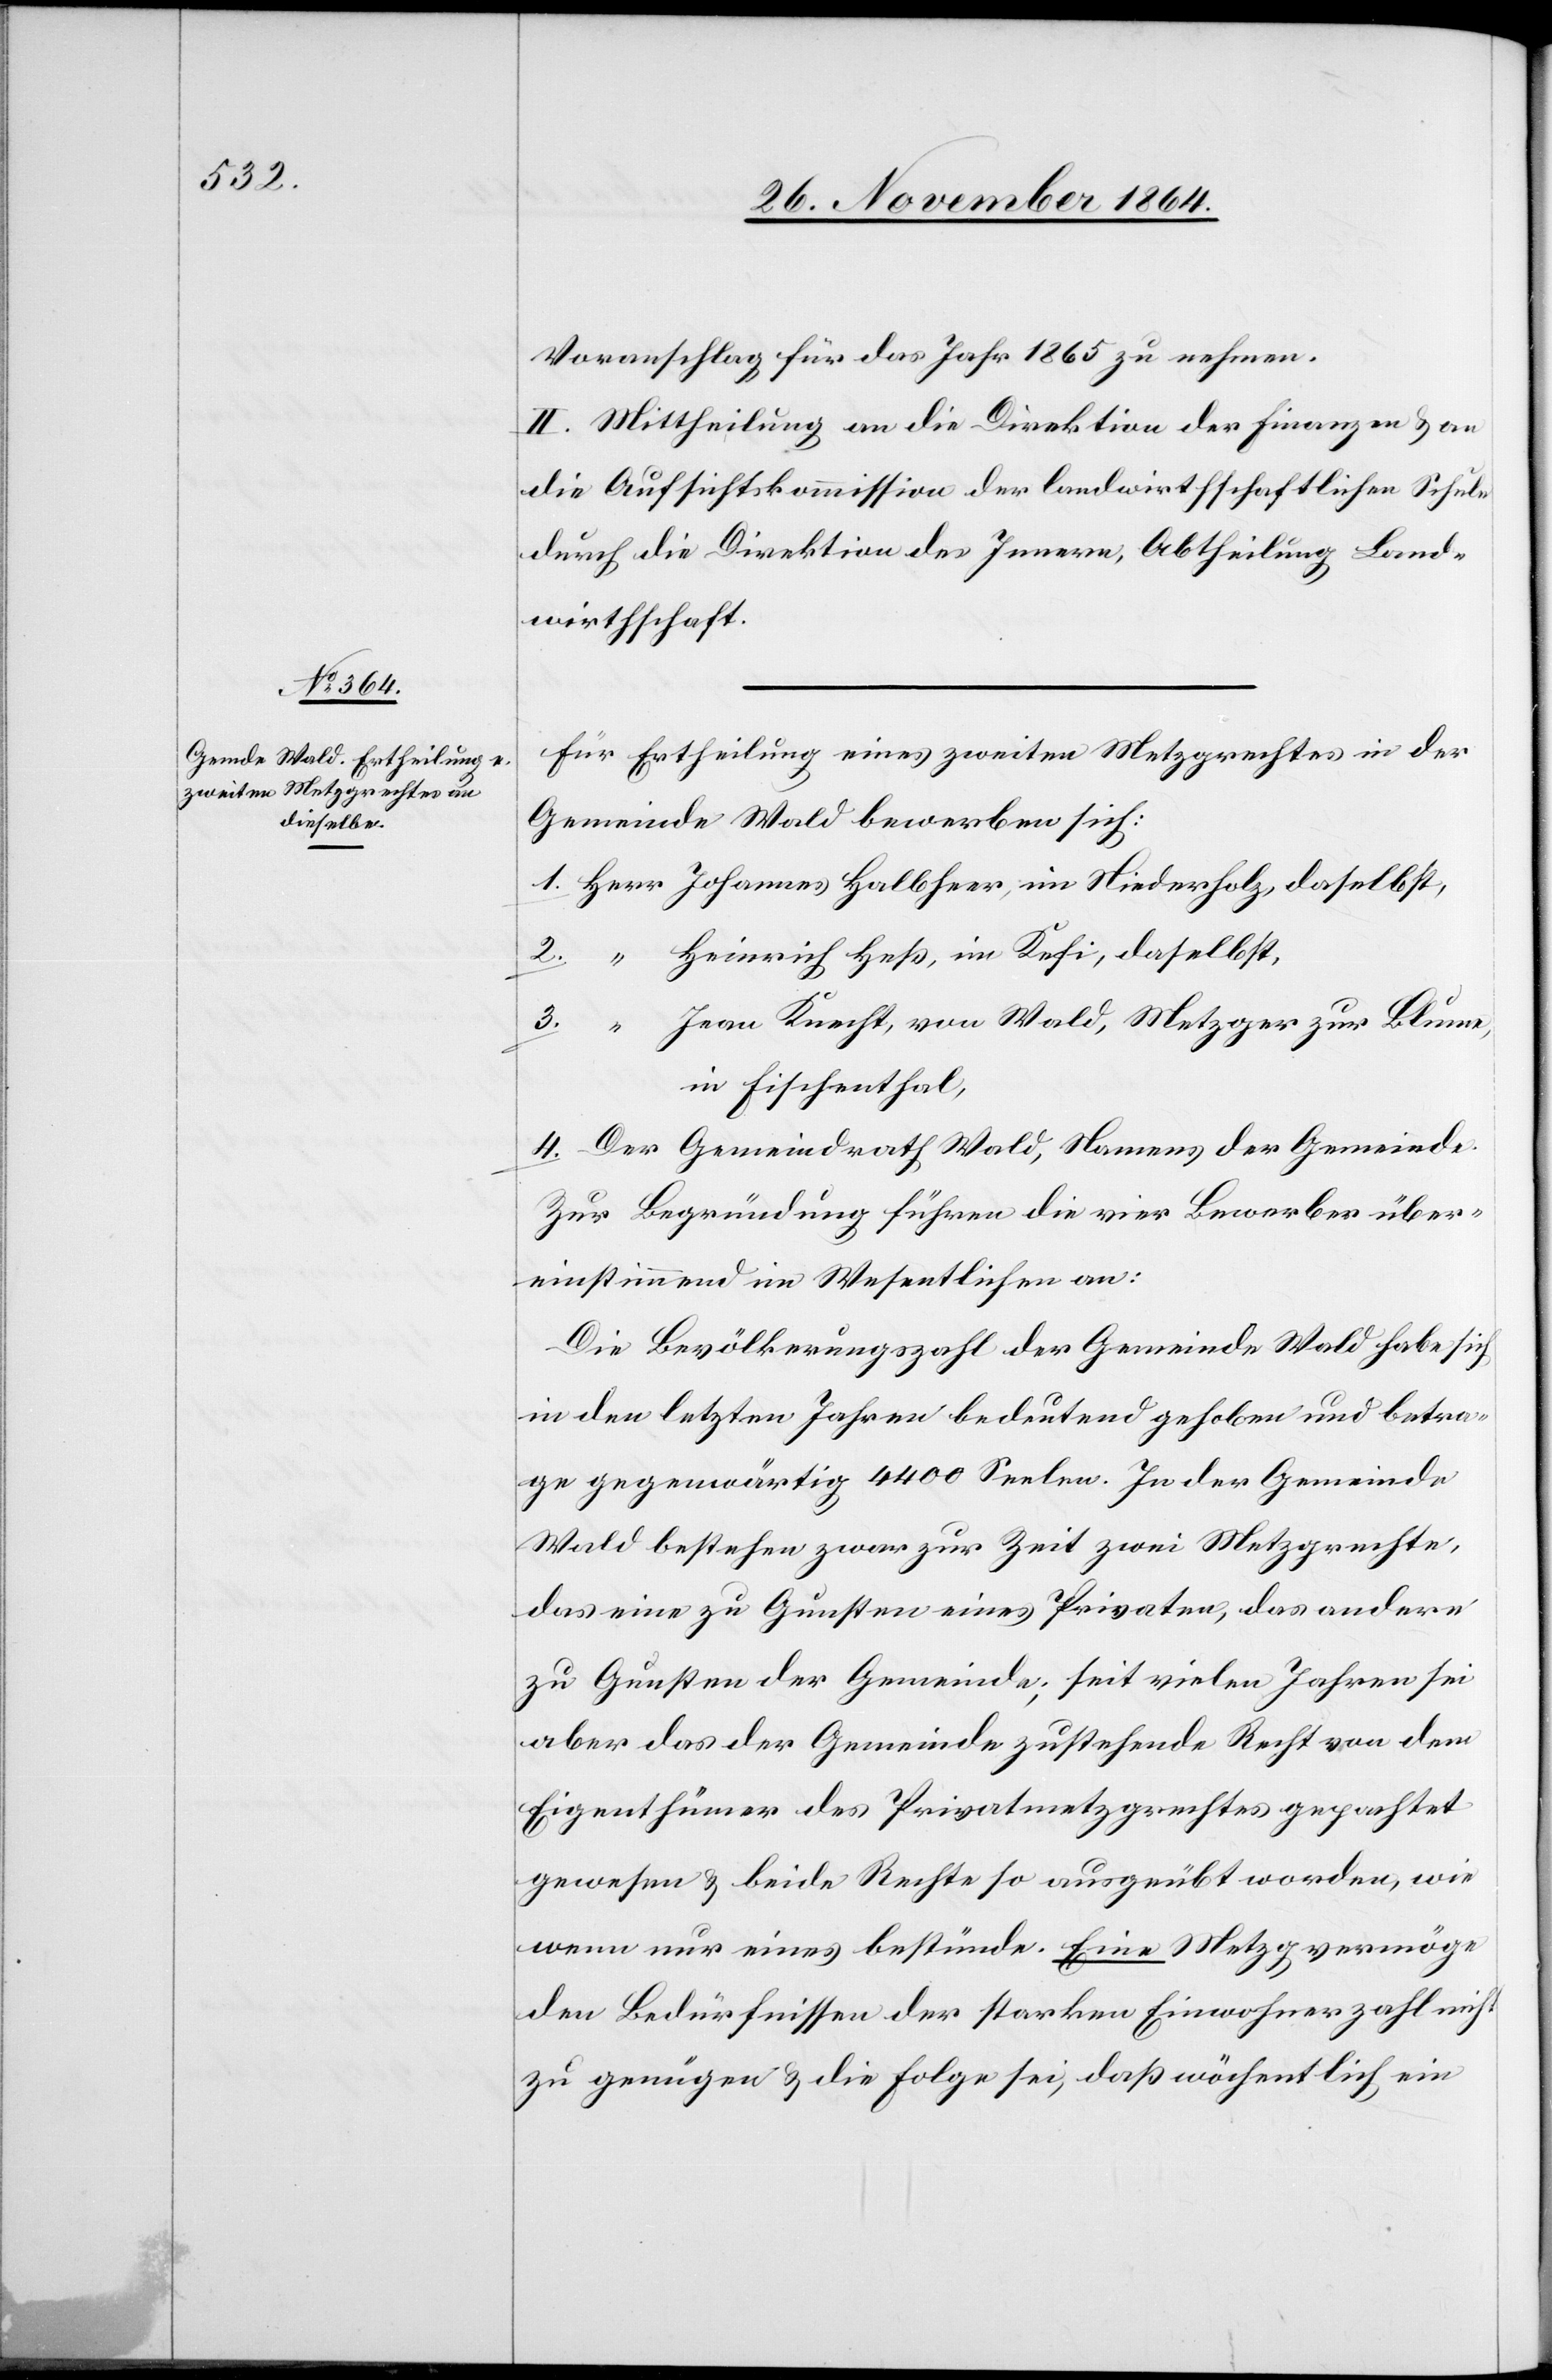
Voranschlag für das Jahr 1865 zu nehmen.
II. Mittheilung an die Direktion der Finanzen & an
die Aufsichtskommission der landwirthschaftlichen Schule
durch die Direktion des Innern, Abtheilung Land¬
wirthschaft.
Für Ertheilung eines zweiten Metzgrechtes in der
Gemeinde Wald bewerben sich:
Heinrich Heß, im Kefi, daselbst,
Jean Knecht, von Wald, Metzger zur Blume,
in Fischenthal,
Der Gemeindrath Wald, Namens der Gemeinde.
Zur Begründung führen die vier Bewerber über¬
einstimmend im Wesentlichen an:
Die Bevölkerungszahl der Gemeinde Wald habe sich
in den letzten Jahren bedeutend gehoben und betra¬
ge gegenwärtig 4400 Seelen. In der Gemeinde
Wald bestehen zwar zur Zeit zwei Metzgrechte,
das eine zu Gunsten eines Privaten, das andere
zu Gunsten der Gemeinde; seit vielen Jahren sei
aber das der Gemeinde zustehende Recht von dem
Eigenthümer des Privatmetzgrechtes gepachtet
gewesen & beide Rechte so ausgeübt worden, wie
wenn nur eines bestünde. Eine Metzg vermöge
den Bedürfnissen der starken Einwohnerzahl nicht
zu genügen & die Folge sei, daß wöchentlich ein